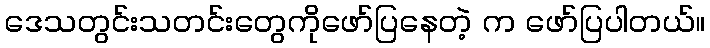
ဒေသတွင်းသတင်းတွေကိုဖော်ပြနေတဲ့ က ဖော်ပြပါတယ်။